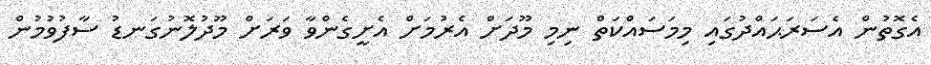
އެގޮތުން އެސަރަޙައްދުގައި މިމަސައްކަތް ނިމި މޫދަށް އެރުމަށް އެށީގެންވާ ވަރަށް މޫދުލޮނުގަނޑު ސާފުވުމުން